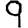
Digit: 9